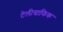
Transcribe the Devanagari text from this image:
टेलीग्राफिक